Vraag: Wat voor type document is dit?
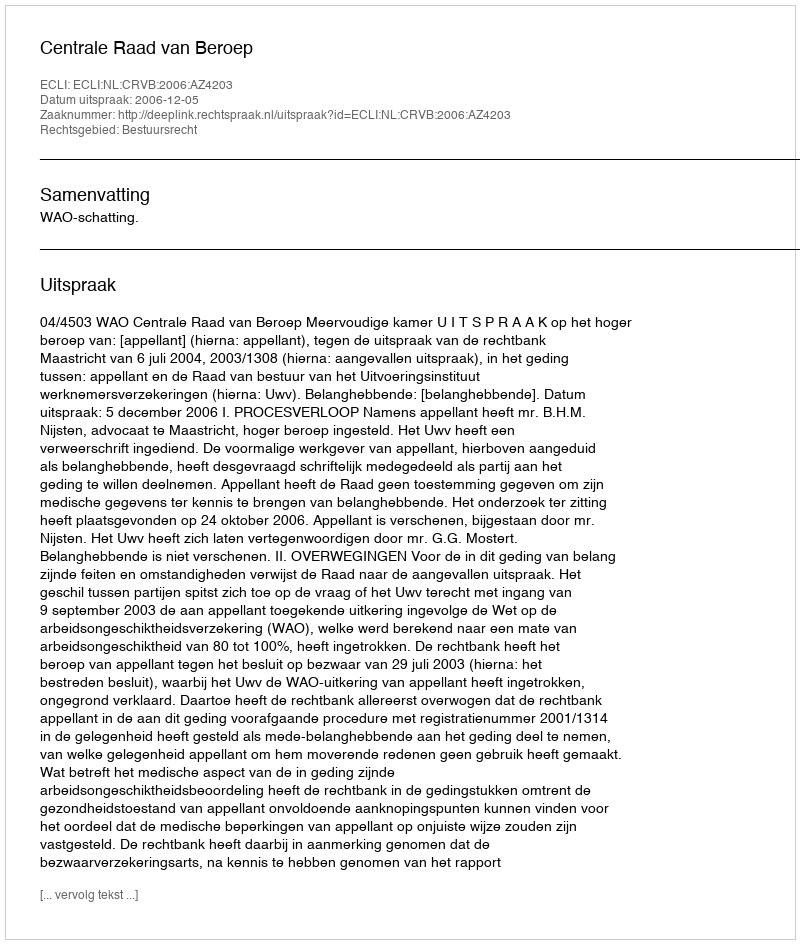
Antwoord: Uitspraak